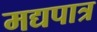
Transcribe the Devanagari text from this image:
मद्यपात्र